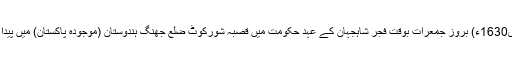
جنوری1630ء) بروز جمعرات بوقت فجر شاہجہان کے عہدِ حکومت میں قصبہ شورکوٹ ضلع جھنگ ہندوستان (موجودہ پاکستان) میں پیدا ہوئے۔